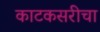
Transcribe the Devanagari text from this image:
काटकसरीचा